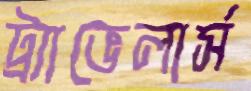
ট্র্যাভেলার্স